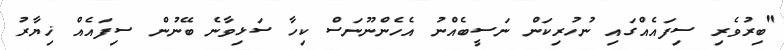
"ބިރުވެރި ސިފައެއްގައި ނުހުރިކަން ނަސީބެއްނު އެހެންނޫނަސް ކިހާ ސަޅިވާނެ ބޭނުން ސިފައެއް ޚިޔާރު